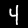
Digit: 4